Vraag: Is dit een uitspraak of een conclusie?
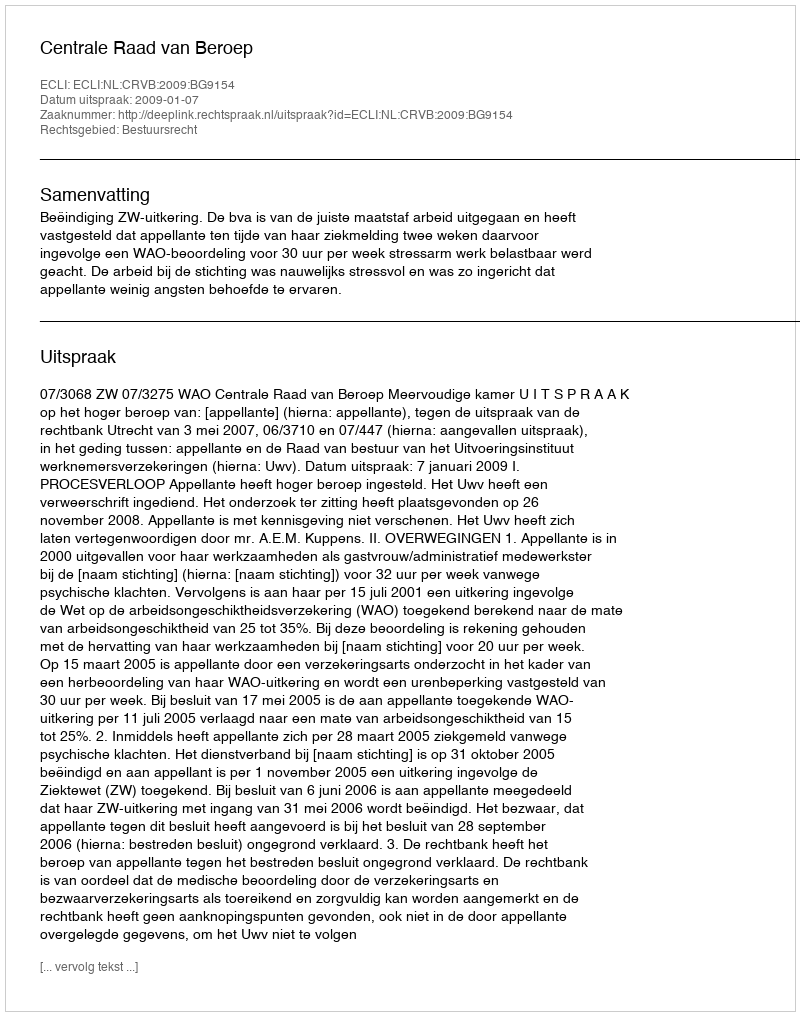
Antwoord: Uitspraak